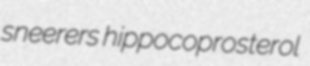
sneerers hippocoprosterol